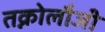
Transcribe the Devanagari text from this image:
तक्नोलौजी